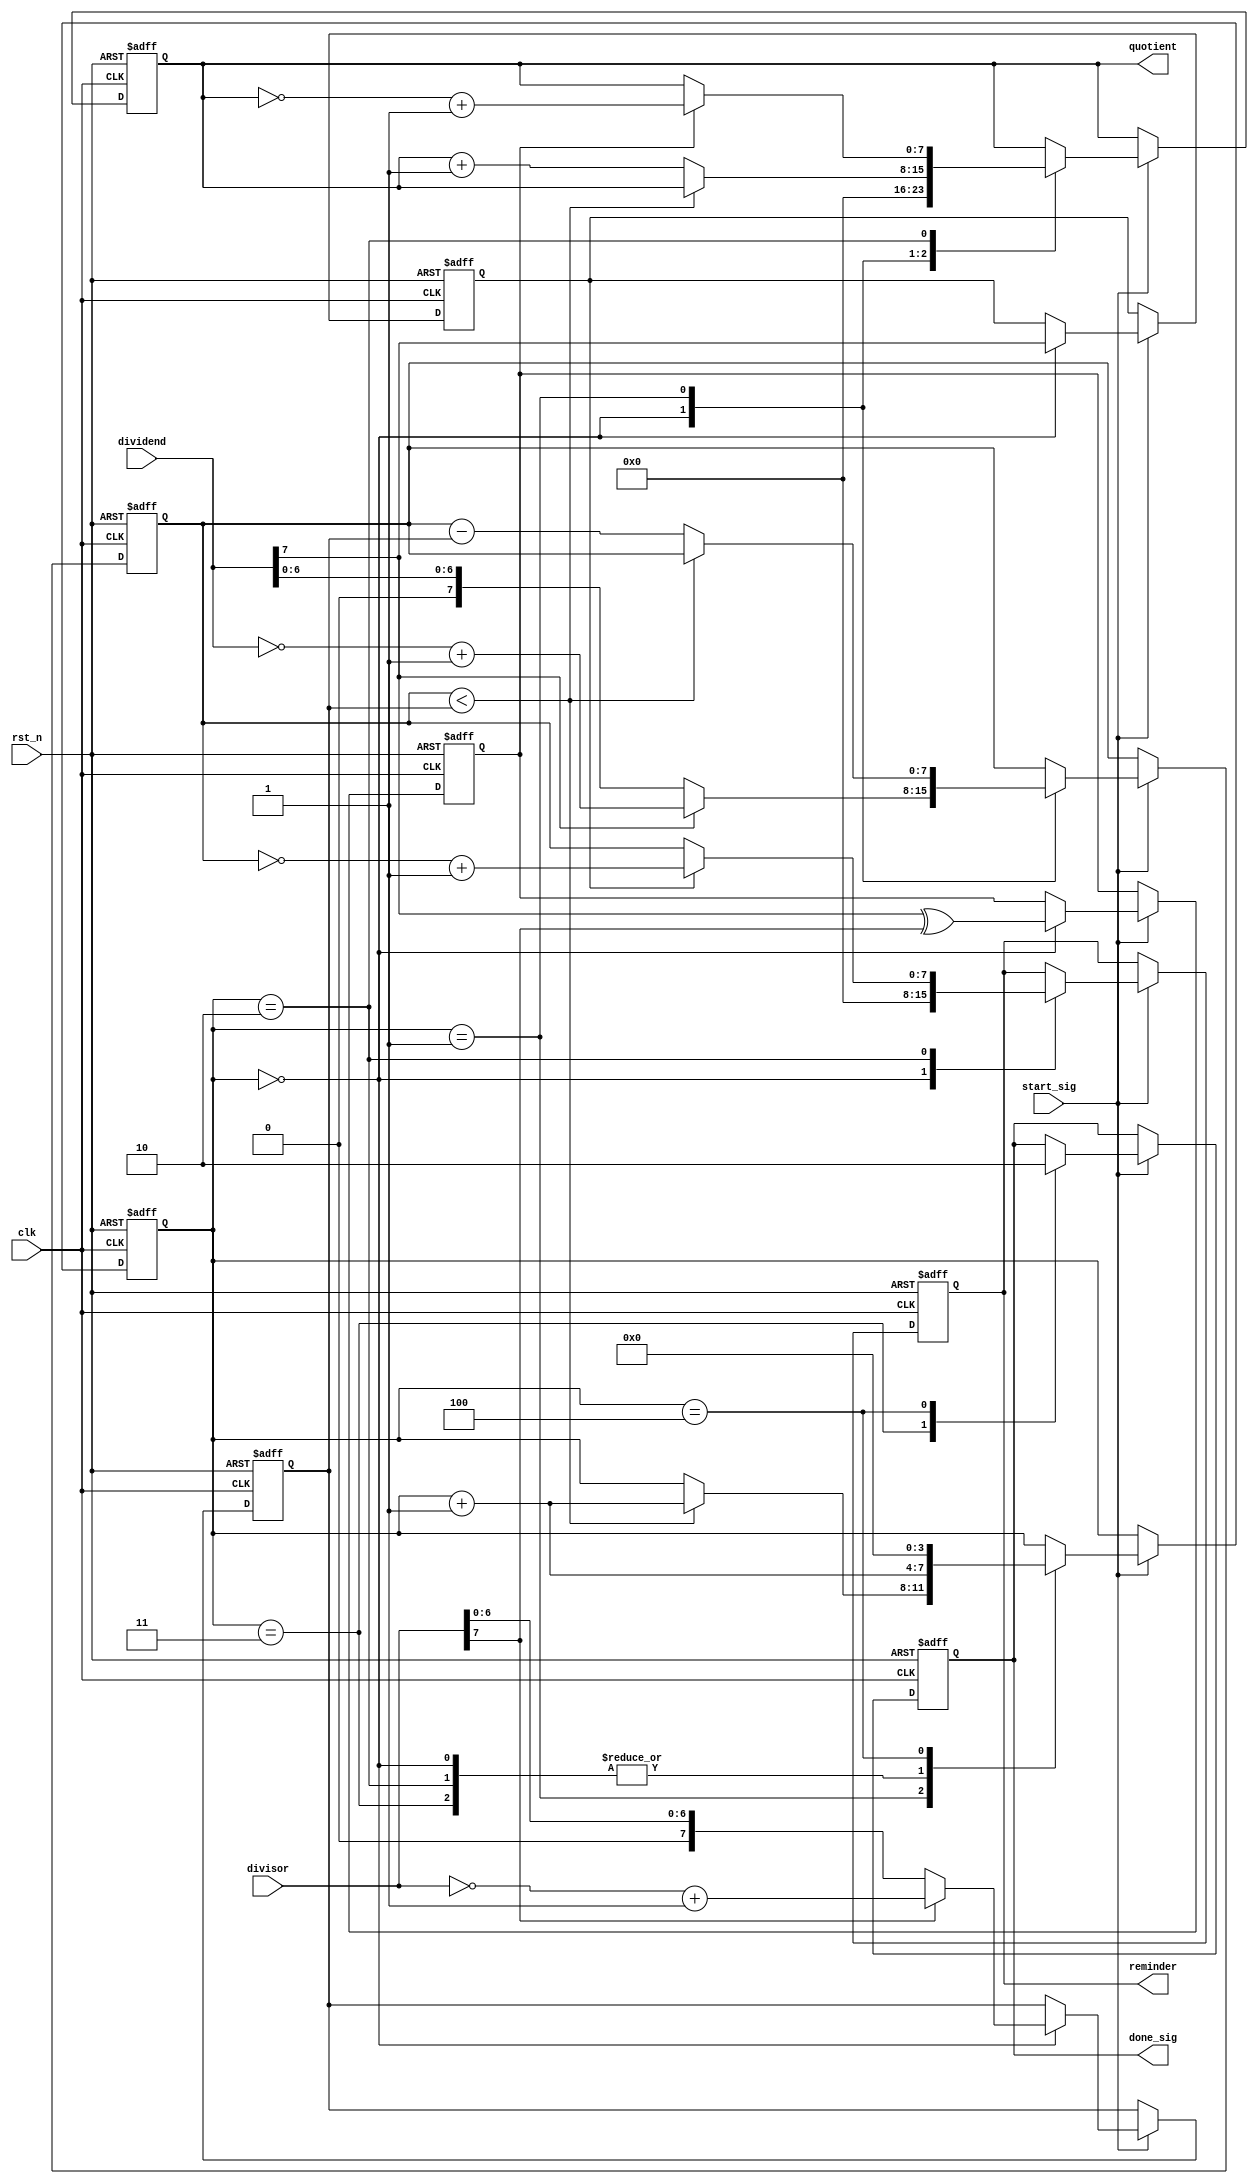
///////////////////////////////
//
//
//
//////////////////////////////
// 9 /  6 =  1 ... 3
// 9 / -6 = -1 ... 3
//-9 /  6 = -1 ...-3
//-9 / -6 =  1 ...-3
////////////////////////////

module divider_module_2(
    clk,
    rst_n,
    
    start_sig,
    dividend,
    divisor,
    
    done_sig,
    quotient,
    reminder
    );
    
    input clk;
    input rst_n;
    
    input start_sig;
    input [7:0]dividend;
    input [7:0]divisor;
    
    output done_sig;
    output [7:0]quotient;
    output [7:0]reminder;
    
    /******************************************/
    reg [3:0]i;
    reg isDone;
    reg [7:0]rDivident; //
    reg [7:0]rDivisor;  //
    reg [7:0]q;         //
    reg [7:0]r;         //
    reg qNeg;           //()
    reg rNeg;           //()
    
    always @(posedge clk or negedge rst_n) begin
        if (!rst_n) begin
            i <= 4'd0;
            isDone <= 1'b0;
            rDivident <= 8'd0;
            rDivisor <= 8'd0;
            q <= 8'd0;
            r <= 8'd0;
            qNeg <= 1'b0;
            rNeg <= 1'b0;
        end
        else if (start_sig)
            
            case (i)
                
                0:
                begin
                    qNeg <= dividend[7]^divisor[7]; //
                    rNeg <= dividend[7]; //
                    rDivident <= dividend[7] ? (~dividend + 1'b1) : dividend; //
                    rDivisor <= divisor[7] ? (~divisor + 1'b1) : divisor; //
                    q <= 8'd0; //  
                    r <= 8'd0;
                    i <= i + 1'b1;
                end
                
                1:
                if (rDivident < rDivisor)
                    i <= i + 1'b1;
                else begin
                    rDivident <= rDivident - rDivisor;
                    q <= q + 1'b1;
                end
                
                2: //
                begin
                    q <= qNeg ? (~q + 1'b1) : q;
                    r <= rNeg ? (~rDivident + 1'b1) : rDivident;
                    i <= i + 1'b1;
                end
                
                3:
                begin
                    isDone <= 1'b1;
                    i <= i + 1'b1;
                end
                
                4:
                begin
                    isDone <= 1'b0;
                    i <= 4'd0;
                end
            
            endcase
    end
    
    assign done_sig = isDone;
    assign quotient = q;
    assign reminder = r;
    
endmodule